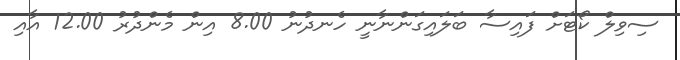
ސިވިލް ކޯޓަށް ފައިސާ ބަލައިގަންނާނީ ހެނދުނު 8.00 އިން މެންދުރު 12.00 އާއި